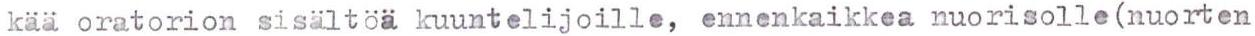
kää oratorion sisältöä kuuntelijoille, ennenkaikkea nuorisolle(nuorten